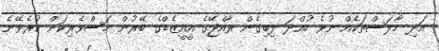
އަދި މާލަސްތަކެއް ނުވެ ހުއްދަ ލިބިގެން ރާއްޖޭގެ އީއީޒެޑްގެ ބޭރުން މަސްވެރިކަން ކުރެވޭނެ